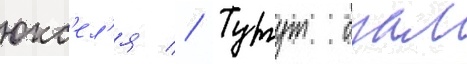
юкс'ел'я // Тургут озал